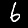
Label: 6